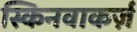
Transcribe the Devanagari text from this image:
स्किनवाकर्ज़